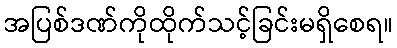
အပြစ်ဒဏ်ကိုထိုက်သင့်ခြင်းမရှိစေရ။